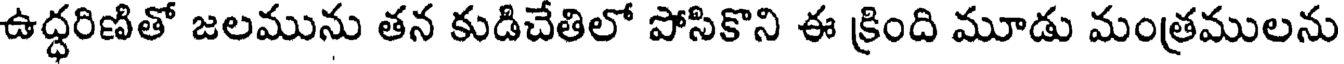
ఉద్ధరిణితో జలమును తన కుడిచేతిలో పోసికొని ఈ క్రింది మూడు మంత్రములను